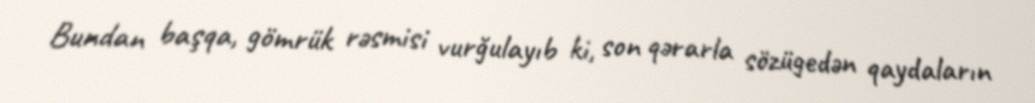
Bundan başqa, gömrük rəsmisi vurğulayıb ki, son qərarla sözügedən qaydaların